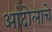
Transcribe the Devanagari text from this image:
आंदोलाचे